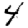
Digit: 4